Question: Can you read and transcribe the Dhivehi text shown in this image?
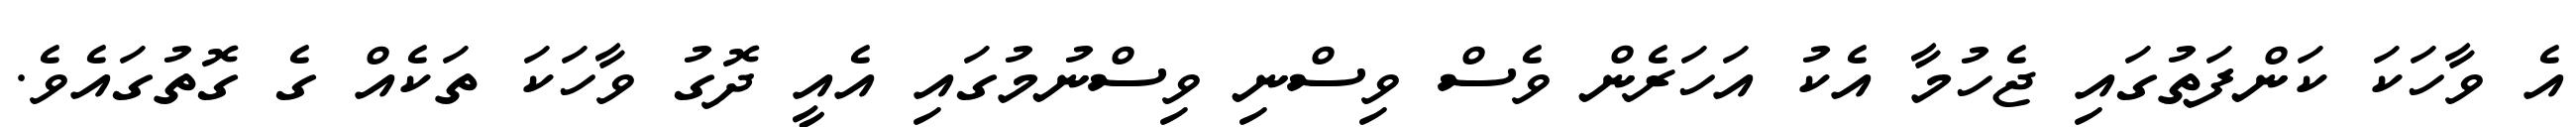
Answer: އެ ވާހަކަ ކަންފަތުގައި ޖެހުމާ އެކު އަހަރެން ވެސް ވިސްނި ވިސްނުމުގައި އެއީ ދޮގު ވާހަކަ ތަކެއް ގެ ގޮތުގައެވެ.